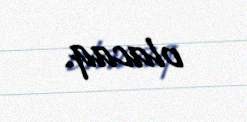
olacaq.